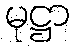
မုဋ္ဌာ